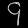
Digit: ၄